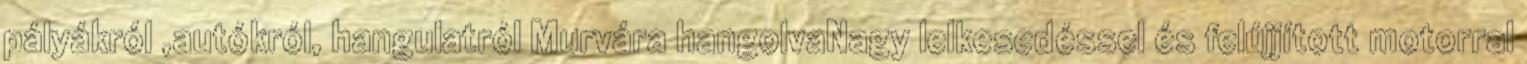
pályákról ,autókról, hangulatról Murvára hangolvaNagy lelkesedéssel és felújjított motorral